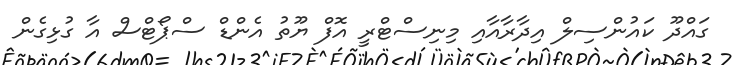
ގައްދޫ ކައުންސިލް އިދާރާއާއި މިނިސްޓްރީ އޮފް ޔޫތު އެންޑް ސްޕޯޓްސް އާ ގުޅިގެން